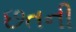
છતની